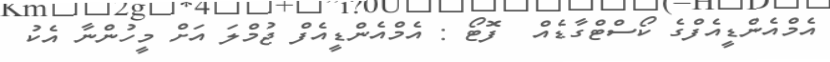
އެމްއެންޑީއެފްގެ ކޯސްޓްގާޑެއް  ފޮޓޯ : އެމްއެންޑީއެފް ޖުމްލަ އަށް މީހުންނާ އެކު